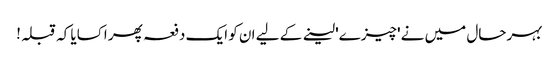
بہرحال میں نے 'چیزے' لینے کے لیے ان کو ایک دفعہ پھر اکسایا کہ قبلہ!